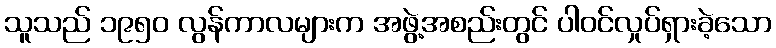
သူသည် ၁၉၅၀ လွန်ကာလများက အဖွဲ့အစည်းတွင် ပါဝင်လှုပ်ရှားခဲ့သော